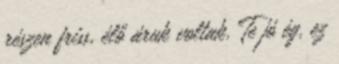
részen friss, élő áruk voltak. Te jó ég, ez